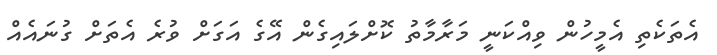
އެތަކެތި އެމީހުން ވިއްކަނީ މަރާމާތު ކޮށްލައިގެން އޭގެ އަގަށް ވުރެ އެތަށް ގުނައެއް